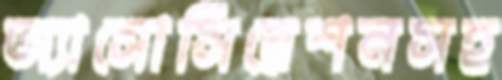
অ্যাসোসিয়েশনসহ